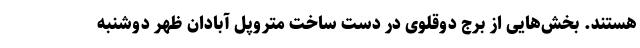
هستند. بخش‌هایی از برج دوقلوی در دست ساخت متروپل آبادان ظهر دوشنبه